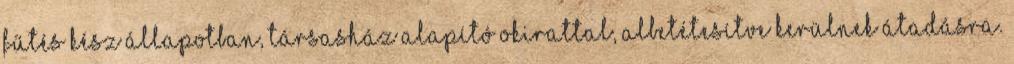
fűtés kész állapotban, társasház alapító okirattal, albetétesítve kerülnek átadásra.